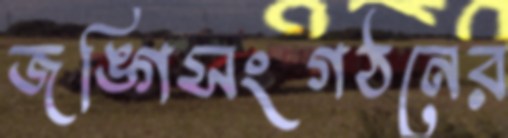
জঙ্গিসংগঠনের